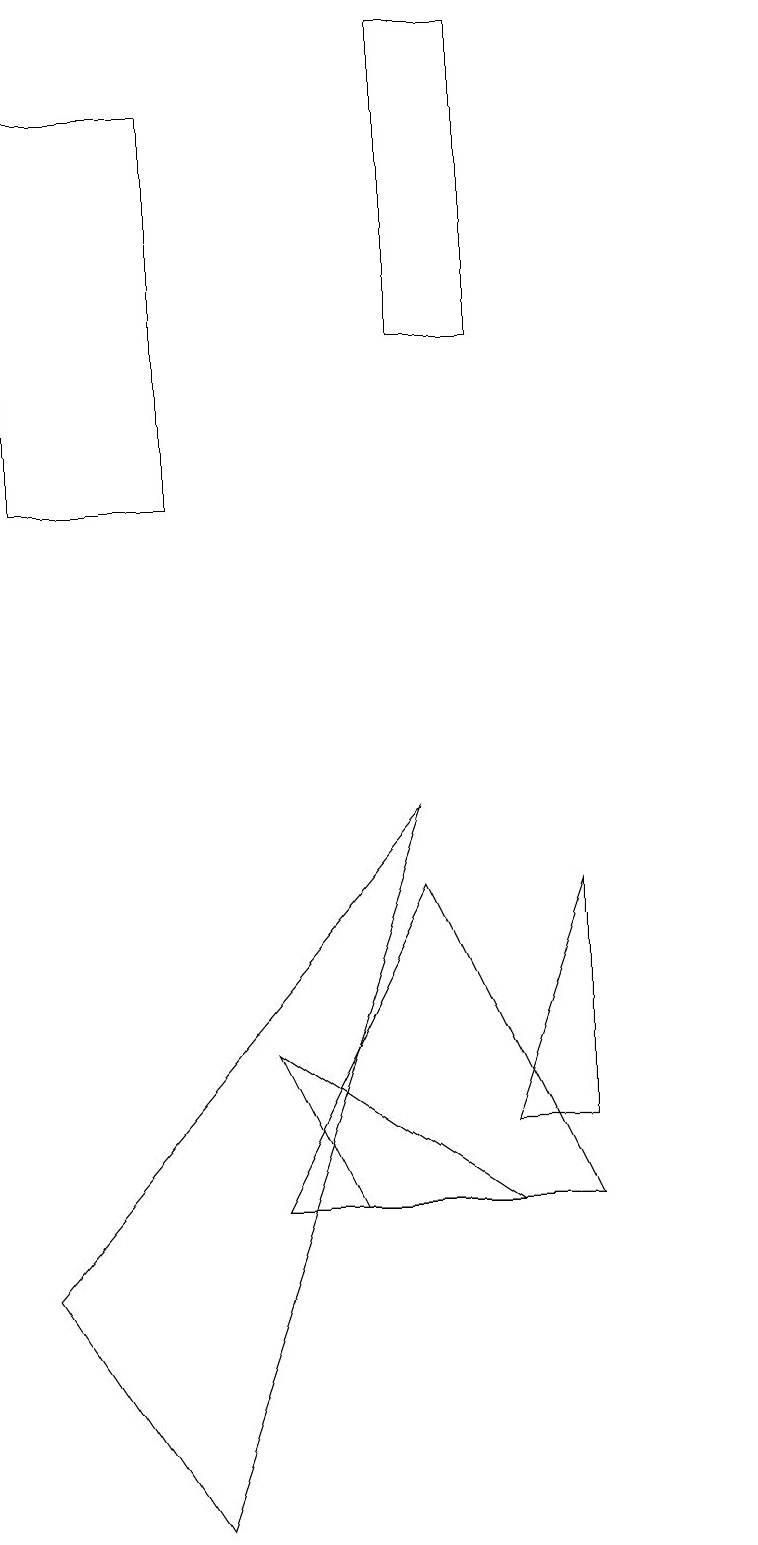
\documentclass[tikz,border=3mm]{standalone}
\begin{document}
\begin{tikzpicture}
\draw (7,15) rectangle (6,19);
\draw (10,10) circle (0);
\draw (6,9) -- (1,3) -- (3,0) -- cycle;
\draw (7,5) -- (8,8) -- (8,5) -- cycle;
\draw (8,4) -- (4,4) -- (6,8) -- cycle;
\draw (3,13) rectangle (1,18);
\draw (7,4) -- (4,6) -- (5,4) -- cycle;
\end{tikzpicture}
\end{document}